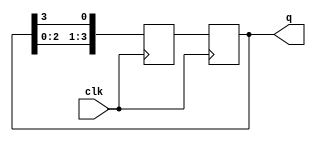
module johnson_counter (
    input wire clk,
    output reg [3:0] q
);

reg [3:0] temp;

always @(posedge clk) begin
    temp <= {q[2:0], q[3]};
    q <= temp;
end

endmodule